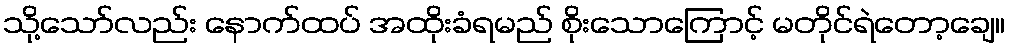
သို့သော်လည်း နောက်ထပ် အထိုးခံရမည် စိုးသောကြောင့် မတိုင်ရဲတော့ချေ။